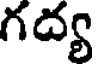
గద్య